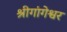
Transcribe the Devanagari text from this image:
श्रीगांगेश्वर